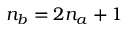
n _ { b } = 2 n _ { a } + 1